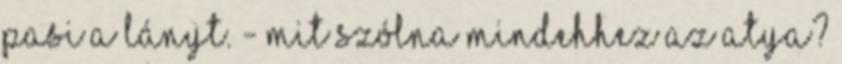
pasi a lányt. - Mit szólna mindehhez az atya?